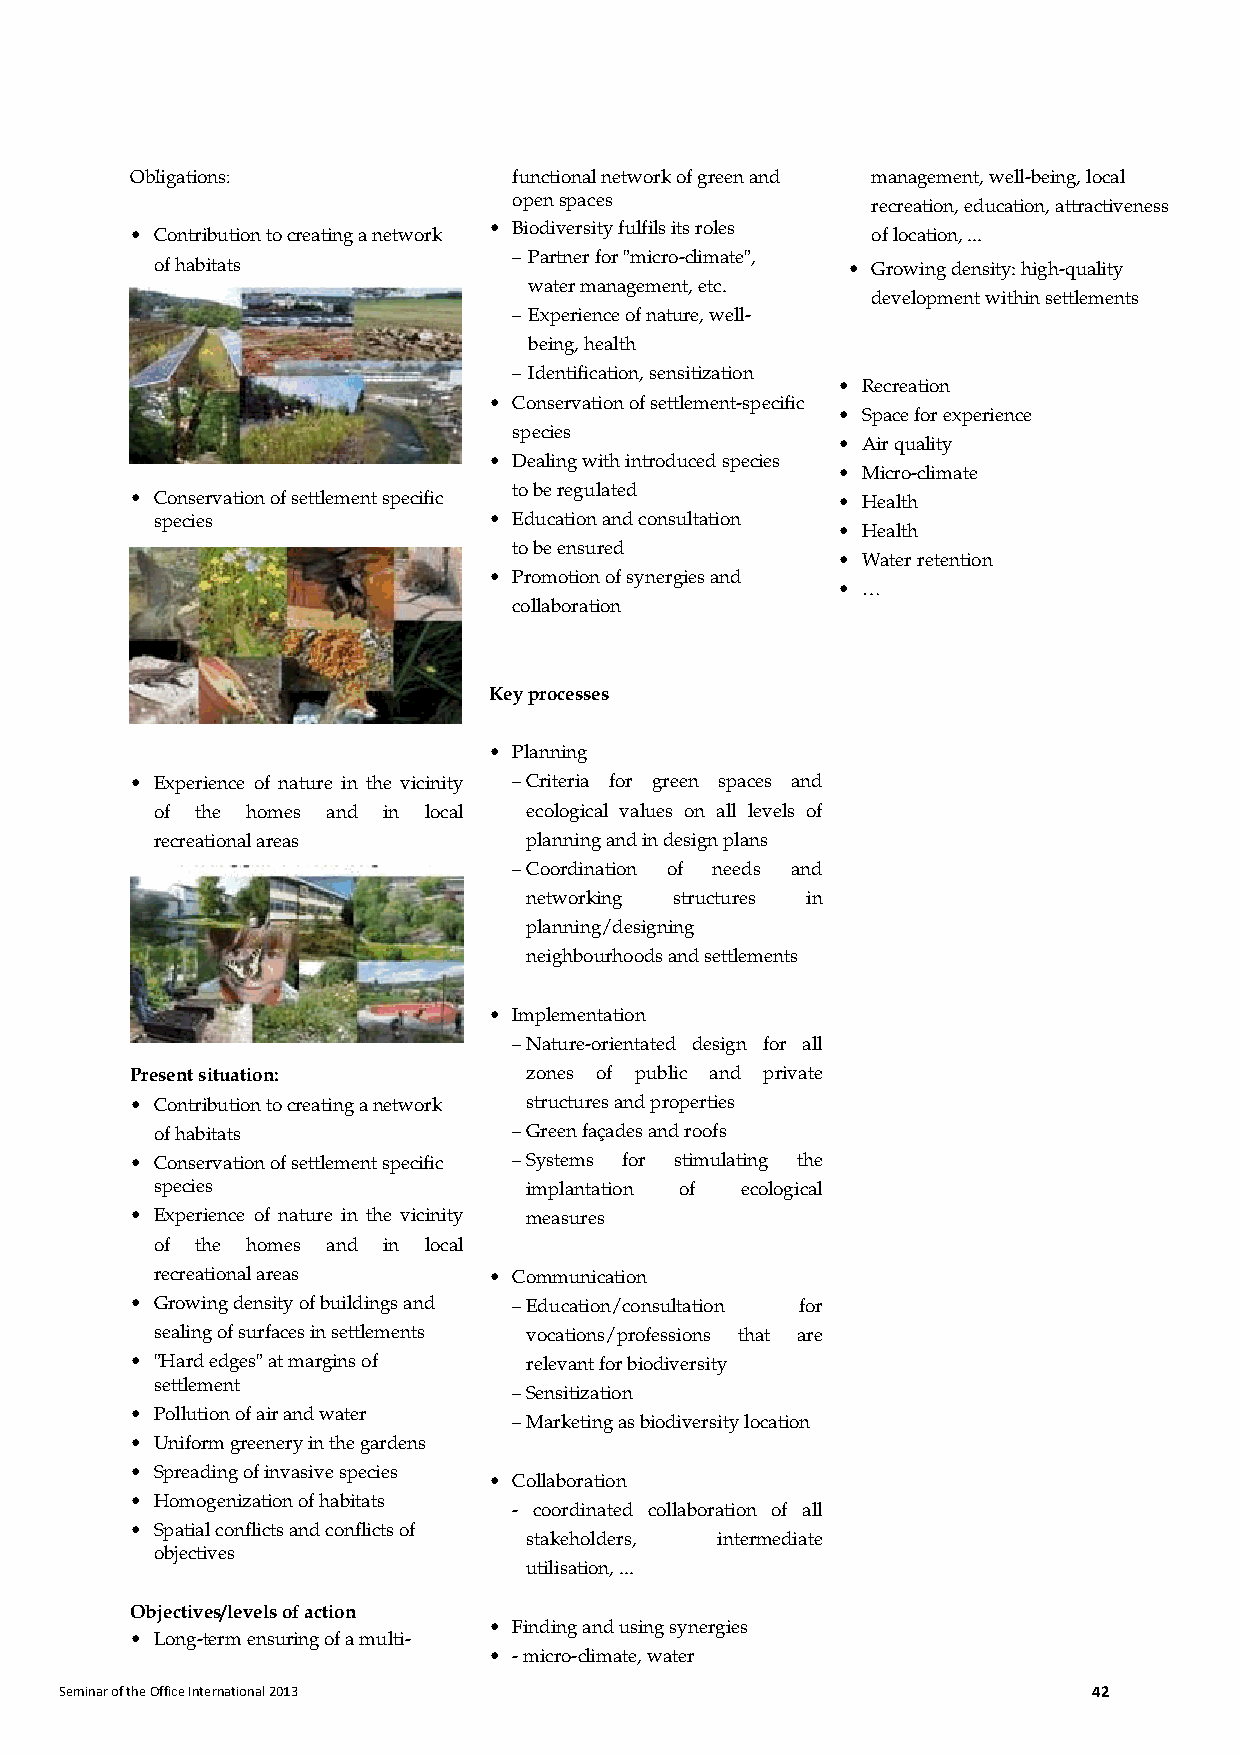
Obligations:             functional network of green and management, well-being, local
 open spaces             recreation, education, attractiveness
 • Biodiversity fulfils its roles
 • Contribution to creating a network             of location, ...
 – Partner for "micro-climate",
 of habitats                                   • Growing density: high-quality
 water management, etc.
 development within settlements
 – Experience of nature, well-
 being, health
 – Identification, sensitization
 • Recreation
 • Conservation of settlement-specific
 • Space for experience
 species
 • Air quality
 • Dealing with introduced species
 • Micro-climate
 • Conservation of settlement specific
 to be regulated
 • Health
 species               • Education and consultation
 • Health
 to be ensured
 • Water retention
 • Promotion of synergies and
 • …
 collaboration
 Key processes
 • Planning
 • Experience of nature in the vicinity – Criteria for green spaces and
 of the homes and in local ecological values on all levels of
 recreational areas       planning and in design plans
 – Coordination of needs and
 networking structures in
 planning/designing
 neighbourhoods and settlements
 • Implementation
 – Nature-orientated design for all
 Present situation:        zones of public and private
 • Contribution to creating a network structures and properties
 of habitats             – Green façades and roofs
 • Conservation of settlement specific – Systems for stimulating the
 species                  implantation of ecological
 • Experience of nature in the vicinity measures
 of the homes and in local
 recreational areas    • Communication
 • Growing density of buildings and – Education/consultation for
 sealing of surfaces in settlements vocations/professions that are
 • "Hard edges" at margins of relevant for biodiversity
 settlement
 – Sensitization
 • Pollution of air and water
 – Marketing as biodiversity location
 • Uniform greenery in the gardens
 • Spreading of invasive species
 • Collaboration
 • Homogenization of habitats
 - coordinated collaboration of all
 • Spatial conflicts and conflicts of
 stakeholders, intermediate
 objectives
 utilisation, ...
 Objectives/levels of action
 • Finding and using synergies
 • Long-term ensuring of a multi-
 • - micro-climate, water
 Seminar of the Office International 2013                            42